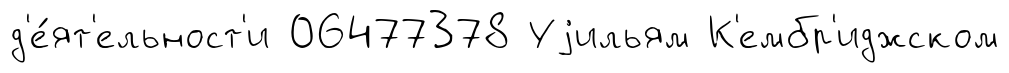
д'е́ят'ельност'и 06477378 Уjильям К'ембр'иджском